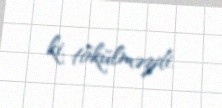
ki, tökülməzdi.